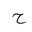
Letter: _ha